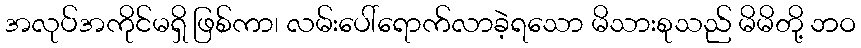
အလုပ်အကိုင်မရှိ ဖြစ်ကာ၊ လမ်းပေါ်ရောက်လာခဲ့ရသော မိသားစုသည် မိမိတို့ ဘဝ